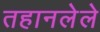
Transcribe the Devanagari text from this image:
तहानलेले